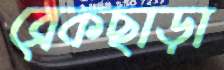
ব্রেকছাড়া